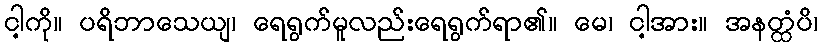
ငါ့ကို။ ပရိဘာသေယျ၊ ရေရွက်မူလည်းရေရွက်ရာ၏။ မေ၊ ငါ့အား။ အနတ္ထံပိ၊